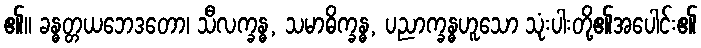
၏။ ခန္ဓတ္တယဘေဒတော၊ သီလက္ခန္ဓ, သမာဓိက္ခန္ဓ, ပညာက္ခန္ဓဟူသော သုံးပါးတို့၏အပေါင်း၏